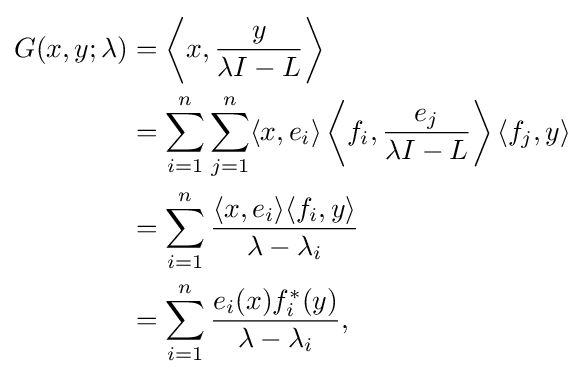
{\begin{aligned}G(x,y;\lambda )&=\left\langle x,{\frac {y}{\lambda I-L}}\right\rangle \\&=\sum _{i=1}^{n}\sum _{j=1}^{n}\langle x,e_{i}\rangle \left\langle f_{i},{\frac {e_{j}}{\lambda I-L}}\right\rangle \langle f_{j},y\rangle \\&=\sum _{i=1}^{n}{\frac {\langle x,e_{i}\rangle \langle f_{i},y\rangle }{\lambda -\lambda _{i}}}\\&=\sum _{i=1}^{n}{\frac {e_{i}(x)f_{i}^{*}(y)}{\lambda -\lambda _{i}}},\end{aligned}}